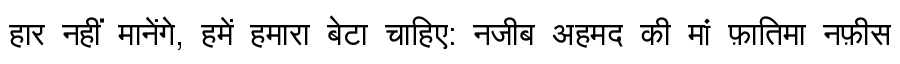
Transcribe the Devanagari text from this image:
हार नहीं मानेंगे, हमें हमारा बेटा चाहिए: नजीब अहमद की मां फ़ातिमा नफ़ीस